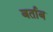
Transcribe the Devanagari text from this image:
बर्ताब